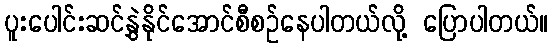
ပူးပေါင်းဆင်နွှဲနိုင်အောင်စီစဉ်နေပါတယ်လို့ ပြောပါတယ်။